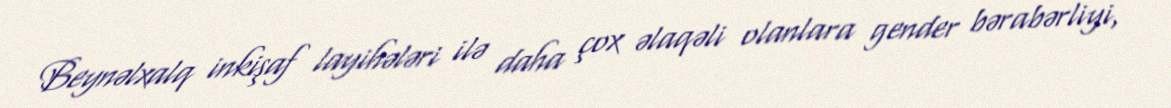
Beynəlxalq inkişaf layihələri ilə daha çox əlaqəli olanlara gender bərabərliyi,